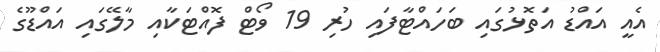
އެއީ އައްޑު އަތޮޅުގައި ބަހައްޓާފައި ހުރި 19 ވޯޓް ފޮއްޓަކާއި މާލޭގައި އައްޑޫގެ